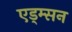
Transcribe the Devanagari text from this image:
एड्म्सन